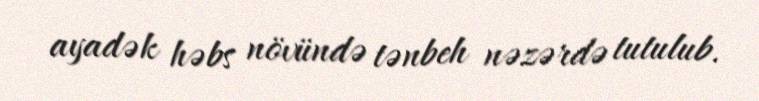
ayadək həbs növündə tənbeh nəzərdə tutulub.